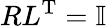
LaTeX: RL^{\mathrm{T}}=\mathbb{I}